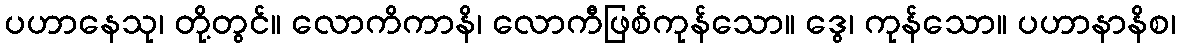
ပဟာနေသု၊ တို့တွင်။ လောကိကာနိ၊ လောကီဖြစ်ကုန်သော။ ဒွေ၊ ကုန်သော။ ပဟာနာနိစ၊